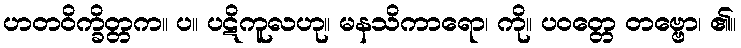
ဟတဝိက္ခိတ္တက။ ပ။ ပဋိကူလဟု။ မနသိကာရော၊ ကို။ ပဝတ္တေ တဗ္ဗော၊ ၏။